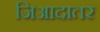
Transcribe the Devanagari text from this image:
जिआदातर